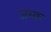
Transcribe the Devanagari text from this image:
जय्क